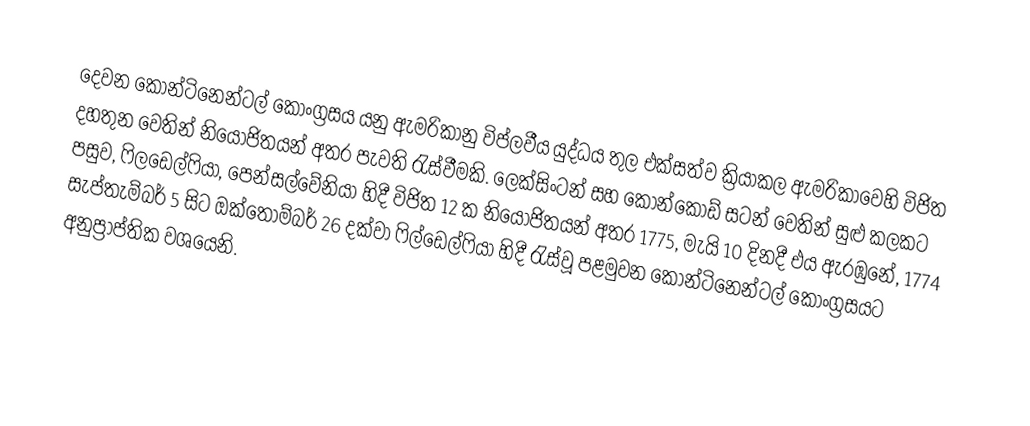
දෙවන කොන්ටිනෙන්ටල් කොංග්‍රසය යනු ඇමරිකානු විප්ලවීය යුද්ධය තුල එක්සත්ව ක්‍රියාකල ඇමරිකාවෙහි  විජිත දහතුන වෙතින් නියෝජිතයන් අතර පැවති රැස්වීමකි. ලෙක්සිංටන් සහ කොන්කෝඩ් සටන් වෙතින් සුළු කලකට පසුව, ෆිලඩෙල්ෆියා, පෙන්සල්වේනියා හිදී විජිත 12 ක නියෝජිතයන් අතර 1775, මැයි 10 දිනදී එය ඇරඹුනේ,  1774 සැප්තැම්බර් 5 සිට ඔක්තොම්බර් 26 දක්වා ෆිල්ඩෙල්ෆියා හිදී රැස්වූ පළමුවන කොන්ටිනෙන්ටල් කොංග්‍රසයට අනුප්‍රාප්තික වශයෙනි.